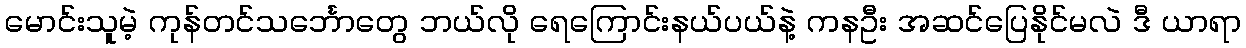
မောင်းသူမဲ့ ကုန်တင်သင်္ဘောတွေ ဘယ်လို ရေကြောင်းနယ်ပယ်နဲ့ ကနဦး အဆင်ပြေနိုင်မလဲ ဒီ ယာရာ